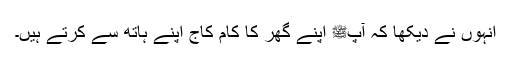
انہوں نے دیکھا کہ آپﷺ اپنے گھر کا کام کاج اپنے ہاتھ سے کرتے ہیں۔